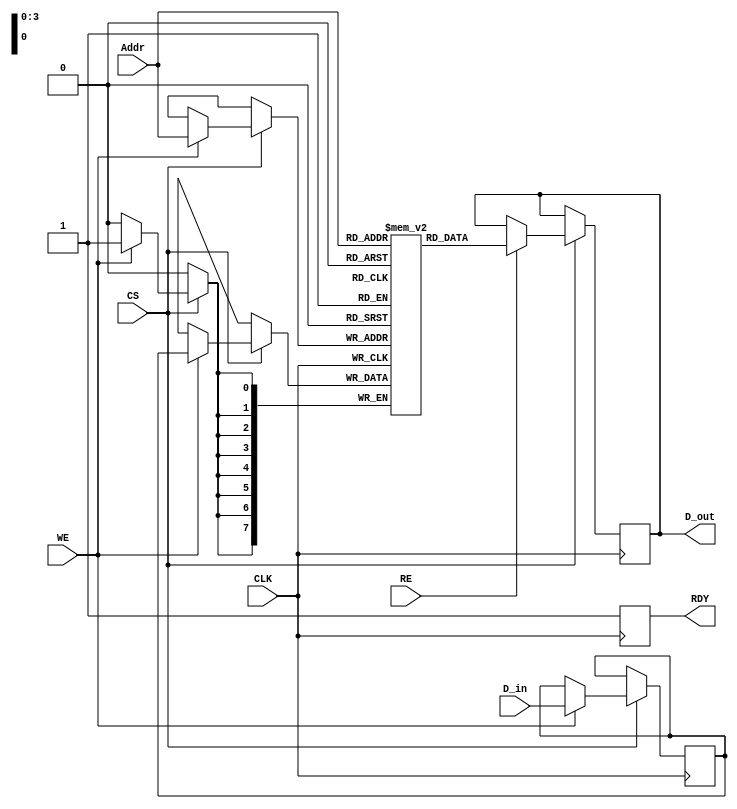
module FeRAM_IO_Block (
    input wire [7:0] D_in,       // Data input bus
    input wire [3:0] Addr,       // Address input bus
    input wire WE,               // Write Enable
    input wire RE,               // Read Enable
    input wire CS,               // Chip Select
    input wire CLK,              // Clock
    output reg [7:0] D_out,      // Data output bus
    output reg RDY               // Ready signal
);

    // Internal data latch
    reg [7:0] data_latch;
    reg [7:0] memory_array [15:0]; // 16x8 memory array

    // Initial state
    initial begin
        RDY = 1'b1; // Ready by default
    end

    // Control logic
    always @(posedge CLK) begin
        if (CS) begin
            RDY <= 1'b0; // Not ready while processing

            // Write operation
            if (WE) begin
                data_latch <= D_in; // Latch input data
                memory_array[Addr] <= data_latch; // Write to memory
            end
            
            // Read operation
            if (RE) begin
                D_out <= memory_array[Addr]; // Read from memory
            end
        end
        RDY <= 1'b1; // Set ready after processing
    end

endmodule